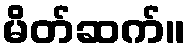
မိတ်ဆက်။